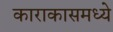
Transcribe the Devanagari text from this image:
काराकासमध्ये